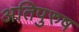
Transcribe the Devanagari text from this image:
अतिपुरुष